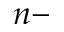
n -